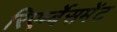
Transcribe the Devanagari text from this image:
रिएर्म्बेसमेंट